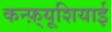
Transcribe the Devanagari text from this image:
कन्फ़्यूशियाई